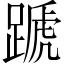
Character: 蹏